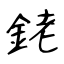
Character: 銠